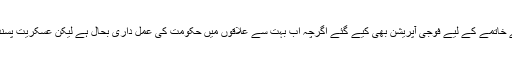
بیشتر قبائلی علاقوں میں شدت پسندی کے خاتمے کے لیے فوجی آپریشن بھی کیے گئے اگرچہ اب بہت سے علاقوں میں حکومت کی عمل داری بحال ہے لیکن عسکریت پسندوں کا مکمل صفایا نہیں کیا جا سکا ہے۔